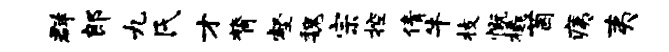
群郎九氏才膂壑魏宗控倩牛枝慨橇茵痍夷